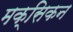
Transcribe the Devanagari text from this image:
मक्सिकन